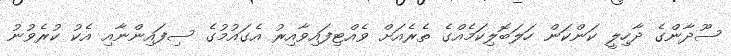
ސޫދާންގެ ދާހިލީ ކަންކަން ހަލަބޮލިކަމެއްގެ ތެރެއަށް ވެއްޓިފައިވާއިރު އެގައުމުގެ ސިފައިންނާއި އެކު ކުރެވުނު